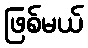
ဖြစ်မယ်